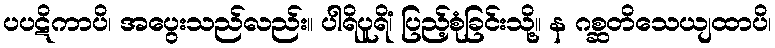
ပပဋိကာပိ၊ အပွေးသည်လည်း။ ပါရိပူရိံ၊ ပြည့်စုံခြင်းသို့။ န ဂစ္ဆတိသေယျထာပိ၊